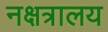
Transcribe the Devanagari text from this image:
नक्षत्रालय